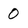
Character: 0